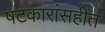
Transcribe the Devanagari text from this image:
षटकारांसहीत